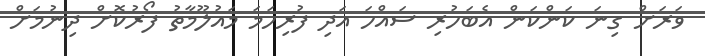
ވަރަށް ގިނަ ކަންކަން އެބަހުރި ސައްހަ އަދި ފުރިހަމަ މައުލޫމާތު ފޯރުކޮށް ދިނުމަށް